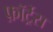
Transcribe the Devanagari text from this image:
फ़ॉर्ट्रेस